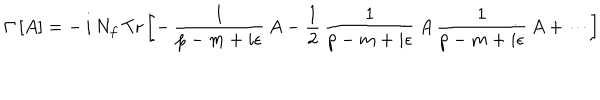
\Gamma \, [ A ] = - \, i \, N _ { f } \, \mathrm { T r } \, \biggl [ - \, \frac { 1 } { p - m + i \epsilon } \, A - \frac { 1 } { 2 } \, \frac { 1 } { p - m + i \epsilon } \, A \, \frac { 1 } { p - m + i \epsilon } \, A + \cdots \biggr ]